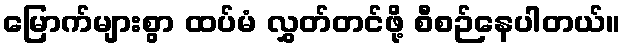
မြောက်များစွာ ထပ်မံ လွှတ်တင်ဖို့ စီစဉ်နေပါတယ်။